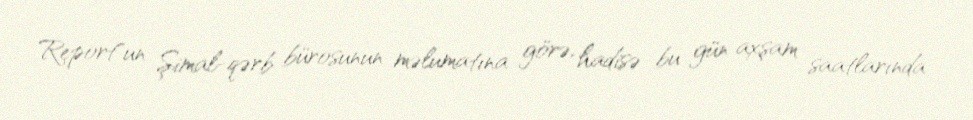
Report"un Şimal-qərb bürosunun məlumatına görə, hadisə bu gün axşam saatlarında